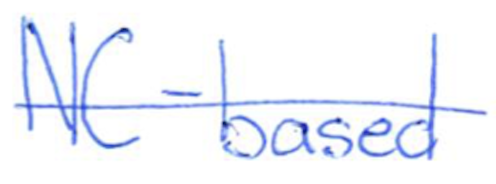
Text: NC-based
Cross-out: single-line
Writing tool: ballpoint